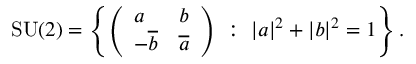
{ \mathrm { S U } } ( 2 ) = \left\{ { \left( \begin{array} { l l } { a } & { b } \\ { - { \overline { { b } } } } & { { \overline { { a } } } } \end{array} \right) } \ : \ | a | ^ { 2 } + | b | ^ { 2 } = 1 \right\} .